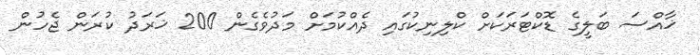
ޚާއްސަ ބަލީގެ ޑޮކްޓަރަކަށް ކްލިނިކުގައި ދެއްކުމަށް މަދުވެގެން 200 ޚަރަދު ކުރަން ޖެހުން